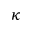
\kappa